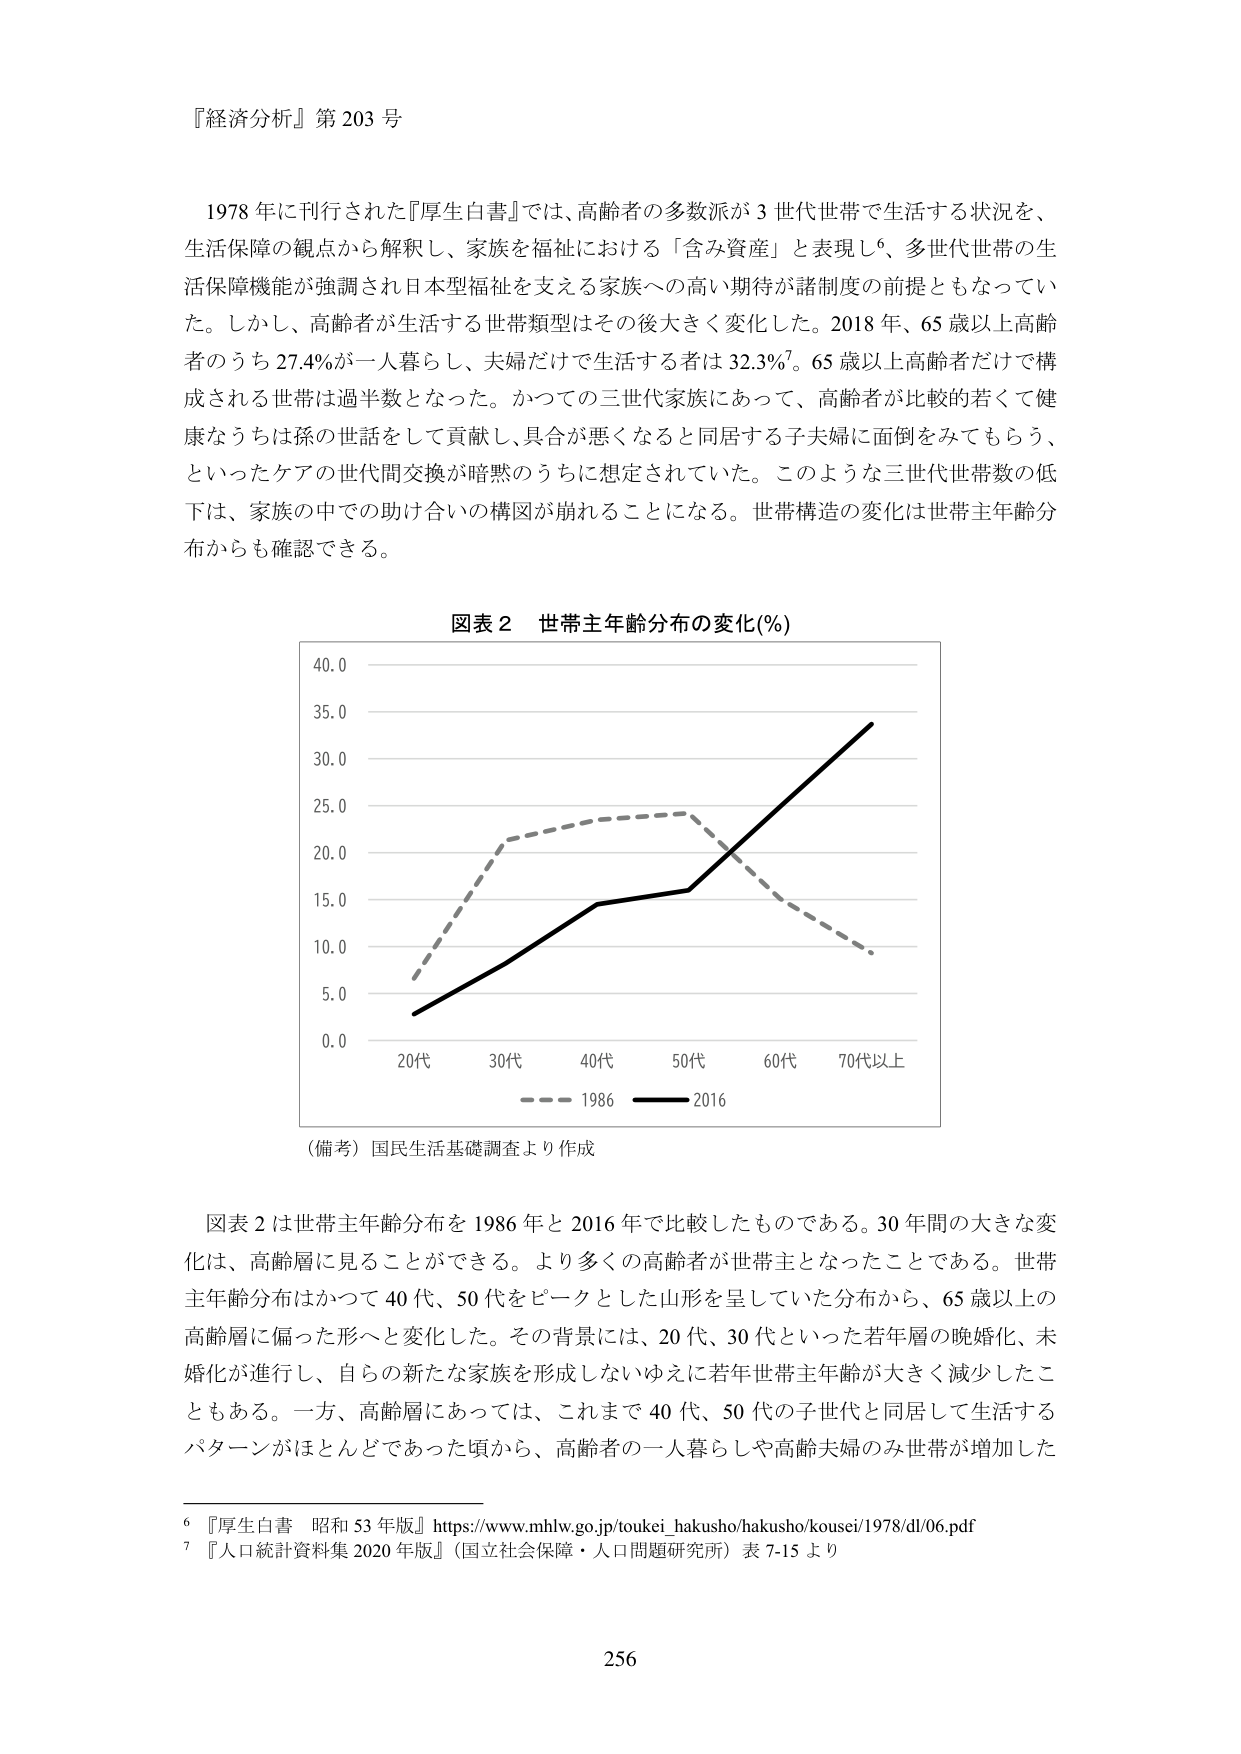
『経済分析』第 203 号

1978 年に刊行された『厚生白書』では、高齢者の多数派が 3 世代世帯で生活する状況を、
生活保障の観点から解釈し、家族を福祉における「含み資産」と表現し⁶、多世代世帯の生
活保障機能が強調され日本型福祉を支える家族への高い期待が諸制度の前提ともなってい
た。しかし、高齢者が生活する世帯類型はその後大きく変化した。2018 年、65 歳以上高齢
者のうち 27.4%が一人暮らし、夫婦だけで生活する者は 32.3%⁷。65 歳以上高齢者だけで構
成される世帯は過半数となった。かつての三世代家族にあって、高齢者が比較的若くて健
康なうちは孫の世話をして貢献し、具合が悪くなると同居する子夫婦に面倒をみてもらう、
といったケアの世代間交換が暗黙のうちに想定されていた。このような三世代世帯数の低
下は、家族の中での助け合いの構図が崩れることになる。世帯構造の変化は世帯主年齢分
布からも確認できる。

図表 2 世帯主年齢分布の変化(%)

40.0
35.0
30.0
25.0
20.0
15.0
10.0
5.0
0.0
20代 30代 40代 50代 60代 70代以上
―― 1986 —— 2016

（備考）国民生活基礎調査より作成

図表 2 は世帯主年齢分布を 1986 年と 2016 年で比較したものである。30 年間の大きな変
化は、高齢層に見ることができる。より多くの高齢者が世帯主となったことである。世帯
主年齢分布はかつて 40 代、50 代をピークとした山形を呈していた分布から、65 歳以上の
高齢層に偏った形へと変化した。その背景には、20 代、30 代といった若年層の晩婚化、未
婚化が進行し、自らの新たな家族を形成しないゆえに若年世帯主年齢が大きく減少したこ
ともある。一方、高齢層にあっては、これまで 40 代、50 代の子世代と同居して生活する
パターンがほとんどであった頃から、高齢者の一人暮らしや高齢夫婦のみ世帯が増加した

⁶ 『厚生白書 昭和 53 年版』https://www.mhlw.go.jp/toukei_hakusho/hakusho/kousei/1978/dl/06.pdf
⁷ 『人口統計資料集 2020 年版』（国立社会保障・人口問題研究所）表 7-15 より

256